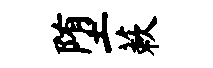
堕蔌